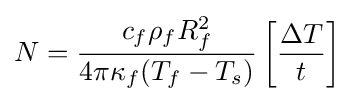
N={\frac {c_{f}\rho _{f}R_{f}^{2}}{4\pi \kappa _{f}(T_{f}-T_{s})}}\left[{\frac {\Delta T}{t}}\right]